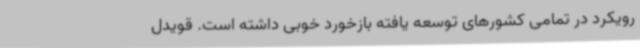
رویکرد در تمامی کشورهای توسعه یافته بازخورد خوبی داشته است. قویدل